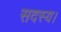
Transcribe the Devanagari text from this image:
सदस्‍य।